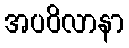
အပဝိလာနာ